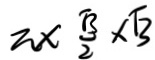
2 \times \frac { \sqrt { 3 } } { 2 } \times \sqrt { 3 }